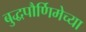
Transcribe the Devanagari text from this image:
बुद्धपौर्णिमेच्या